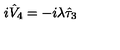
i \hat { V } _ { 4 } = - i \lambda \hat { \tau } _ { 3 }